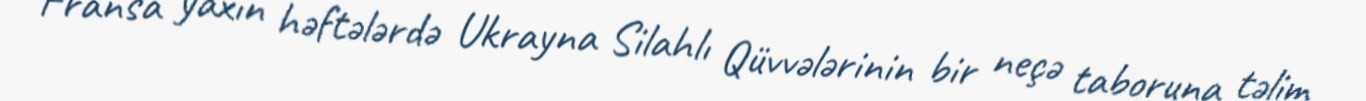
“Fransa yaxın həftələrdə Ukrayna Silahlı Qüvvələrinin bir neçə taboruna təlim